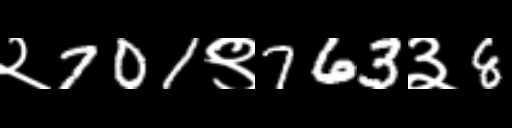
Text: २701९763३8